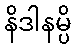
နိဒါနမ္ပိ